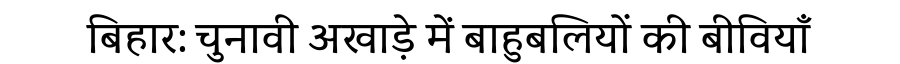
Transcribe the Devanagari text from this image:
बिहार: चुनावी अखाड़े में बाहुबलियों की बीवियाँ